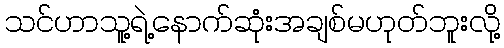
သင်ဟာသူ့ရဲ့နောက်ဆုံးအချစ်မဟုတ်ဘူးလို့